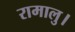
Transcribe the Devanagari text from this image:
रामालु।